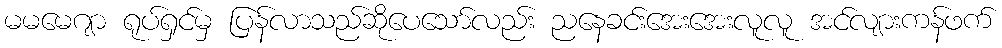
မမမေဂျာ ရုပ်ရှင်မှ ပြန်လာသည်ဆိုပေသော်လည်း ညနေခင်းအေးအေးလူလူ အင်လျားကန်ဖက်